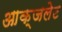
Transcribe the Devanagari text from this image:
आक्जलेट